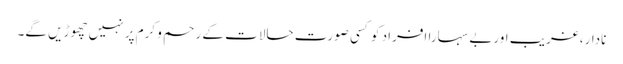
نادار،غریب اوربے سہارا افراد کو کسی صورت حالات کے رحم و کرم پر نہیں چھوڑیں گے۔